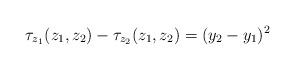
LaTeX: \begin{align*}\tau_{z_1}(z_1,z_2)-\tau_{z_2}(z_1,z_2)=(y_2-y_1)^2\end{align*}